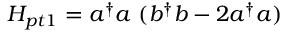
H _ { p t 1 } = a ^ { \dagger } a \ ( b ^ { \dagger } b - 2 a ^ { \dagger } a )